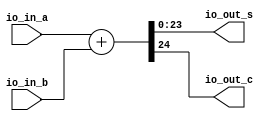
module full_adder_3(
  input  [23:0] io_in_a,
  input  [23:0] io_in_b,
  output [23:0] io_out_s,
  output        io_out_c
);
  wire [24:0] _result_T = io_in_a + io_in_b; // @[BinaryDesigns.scala 55:23]
  wire [25:0] _result_T_1 = {{1'd0}, _result_T}; // @[BinaryDesigns.scala 55:34]
  wire [24:0] result = _result_T_1[24:0]; // @[BinaryDesigns.scala 54:22 55:12]
  assign io_out_s = result[23:0]; // @[BinaryDesigns.scala 56:23]
  assign io_out_c = result[24]; // @[BinaryDesigns.scala 57:23]
endmodule